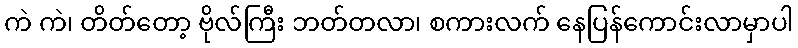
ကဲ ကဲ၊ တိတ်တော့ ဗိုလ်ကြီး ဘတ်တလာ၊ စကားလက် နေပြန်ကောင်းလာမှာပါ